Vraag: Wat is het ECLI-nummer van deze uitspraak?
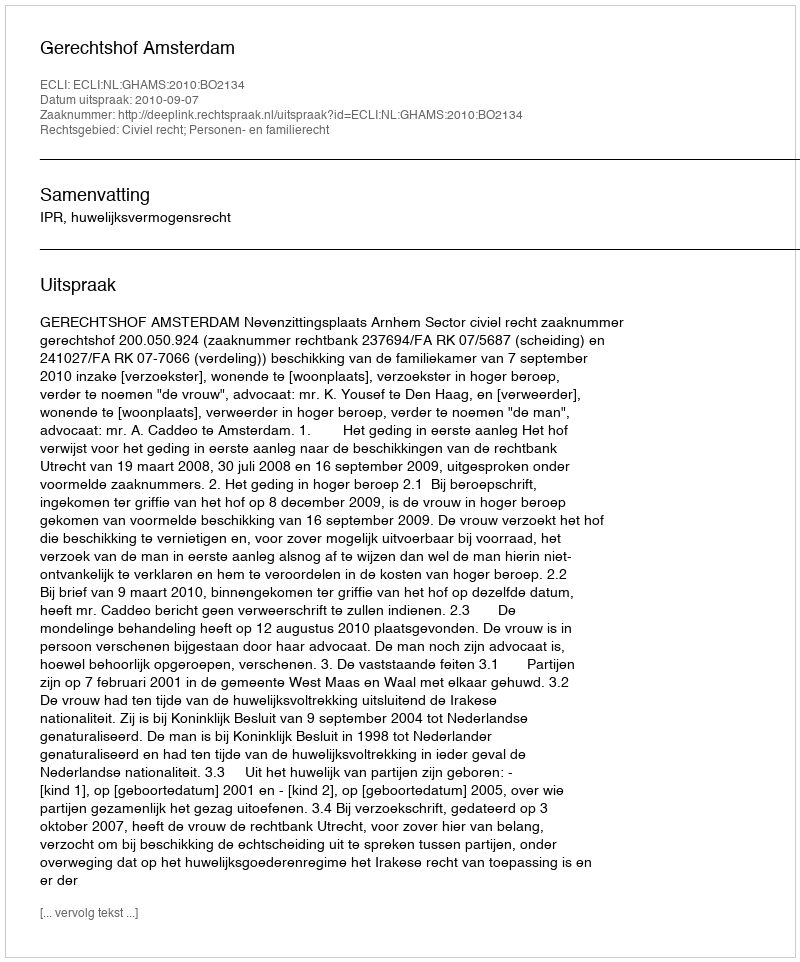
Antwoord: ECLI:NL:GHAMS:2010:BO2134